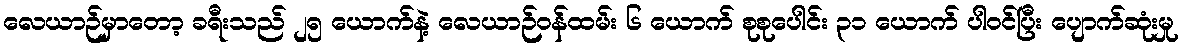
လေယာဉ်မှာတော့ ခရီးသည် ၂၅ ယောက်နဲ့ လေယာဉ်ဝန်ထမ်း ၆ ယောက် စုစုပေါင်း ၃၁ ယောက် ပါဝင်ပြီး ပျောက်ဆုံးမှု